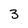
Character: 3